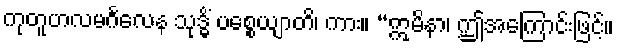
ကုတူဟလမင်္ဂလေန သုဒ္ဓိံ ပစ္စေယျာတိ၊ ကား။ “ဣမိနာ၊ ဤအကြောင်းဖြင့်။